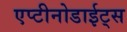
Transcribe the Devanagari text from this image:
एप्टीनोडाईट्स